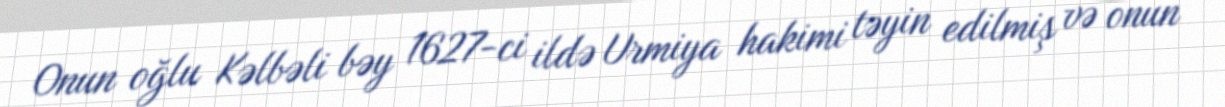
Onun oğlu Kəlbəli bəy 1627-ci ildə Urmiya hakimi təyin edilmiş və onun